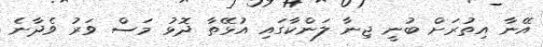
އޭނާ އިތުރަށް ބުނީ ޖިނާ ލަންކާގައި އުޅޭތާ ދޮޅު މަސް ވަރު ވެދާނެ